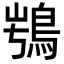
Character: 𩿭